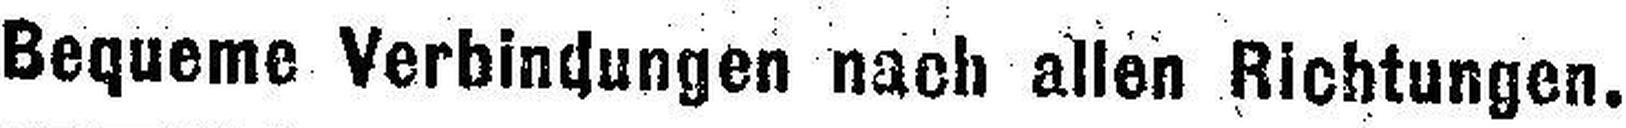
Bequeme Verbindungen nach allen Richtungen.